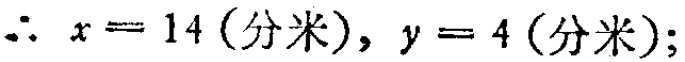
\(\therefore x = 14(\text{分米}), y = 4(\text{分米});\)